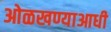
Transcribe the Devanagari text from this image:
ओळखण्याआधी